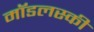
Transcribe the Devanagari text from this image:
मॉडलस्की